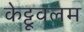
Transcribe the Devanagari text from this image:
केट्टूवलम